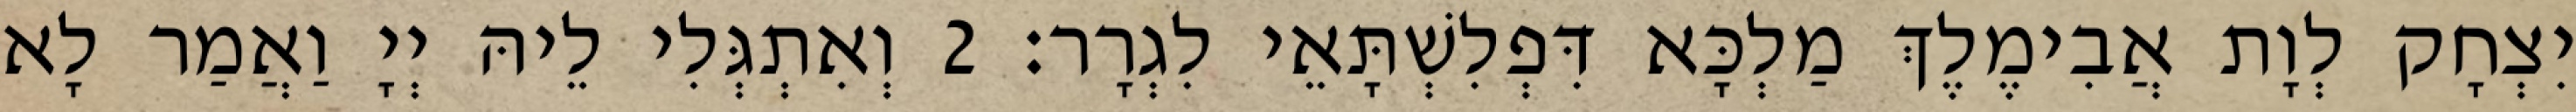
יִצְחָק לְוָת אֲבִימֶלֶךְ מַלְכָּא דִּפְלִשְׁתָּאֵי לִגְרָר׃ 2 וְאִתְגְּלִי לֵיהּ יְיָ וַאֲמַר לָא